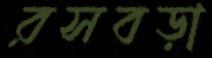
রসবড়া